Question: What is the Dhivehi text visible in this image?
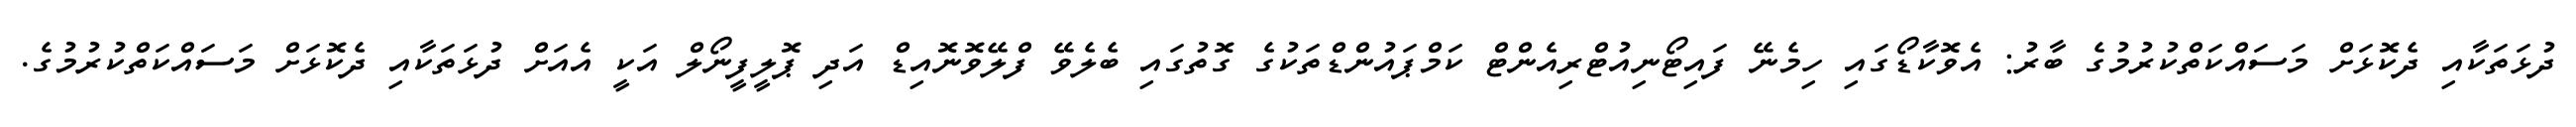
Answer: ދުޅަތަކާއި ދެކޮޅަށް މަސައްކަތްކުރުމުގެ ބާރު: އެވޮކާޑޯގައި ހިމެނޭ ފައިޓޯނިއުޓްރިއެންޓް ކަމްޕައުންޑްތަކުގެ ގޮތުގައި ބެލެވޭ ފްލޭވޮނޮއިޑް އަދި ޕޮލީފީނޯލް އަކީ އެއަށް ދުޅަތަކާއި ދެކޮޅަށް މަސައްކަތްކުރުމުގެ.